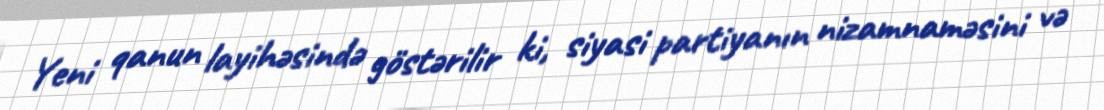
Yeni qanun layihəsində göstərilir ki, siyasi partiyanın nizamnaməsini və